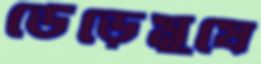
ডেঁড়েমুষে